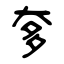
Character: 奓